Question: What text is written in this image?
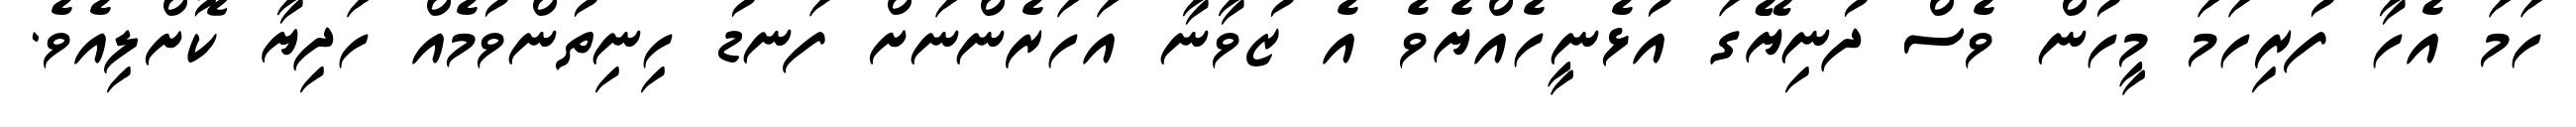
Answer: ހަމަ އެހާ ފުރިހަމަ މީހުން ވެސް ދުނިޔޭގަ އުޅެނީހެއްޔެވެ އެ ޒުވާނާ އަހަރެންނަށް ފަނޑު ހިނިތުންވުމެއް ހަދިޔާ ކޮށްލިއެވެ.